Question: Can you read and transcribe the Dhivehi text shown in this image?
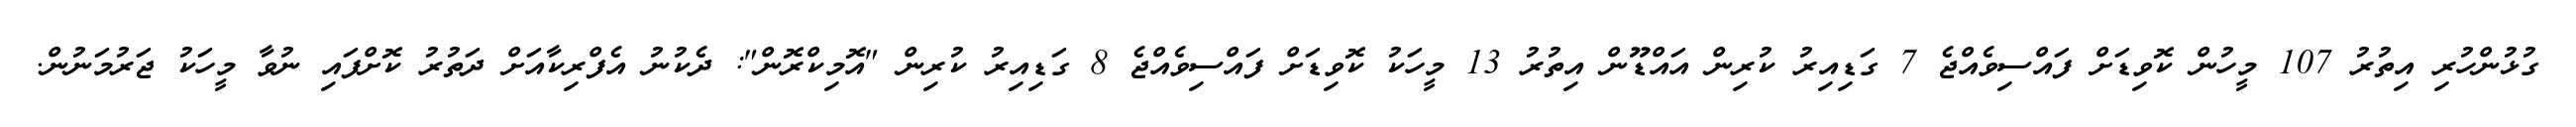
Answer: ގުޅުންހުރި އިތުރު 107 މީހުން ކޮވިޑަށް ފައްސިވެއްޖެ 7 ގަޑިއިރު ކުރިން އައްޑޫން އިތުރު 13 މީހަކު ކޮވިޑަށް ފައްސިވެއްޖެ 8 ގަޑިއިރު ކުރިން "އޮމިކްރޮން": ދެކުނު އެފްރިކާއަށް ދަތުރު ކޮށްފައި ނުވާ މީހަކު ޖަރުމަނުން.